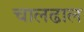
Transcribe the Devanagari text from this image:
चालढाल